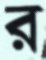
র